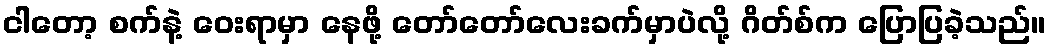
ငါတော့ စက်နဲ့ ဝေးရာမှာ နေဖို့ တော်တော်လေးခက်မှာပဲလို့ ဂိတ်စ်က ပြောပြခဲ့သည်။